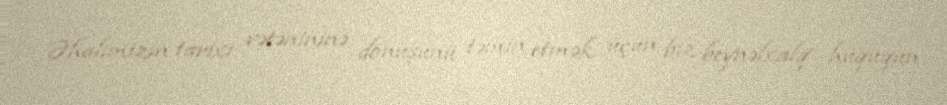
Əhalimizin tarixi vətənininə dönüşünü təmin etmək üçün biz beynəlxalq hüququn